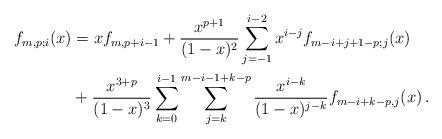
LaTeX: \begin{align*}f_{m,p;i}(x)&=xf_{m,p+i-1}+\frac{x^{p+1}}{(1-x)^2}\sum_{j=-1}^{i-2}x^{i-j}f_{m-i+j+1-p;j}(x)\\&+\frac{x^{3+p}}{(1-x)^3}\sum_{k=0}^{i-1}\sum_{j=k}^{m-i-1+k-p}\frac{x^{i-k}}{(1-x)^{j-k}}f_{m-i+k-p,j}(x)\,.\end{align*}